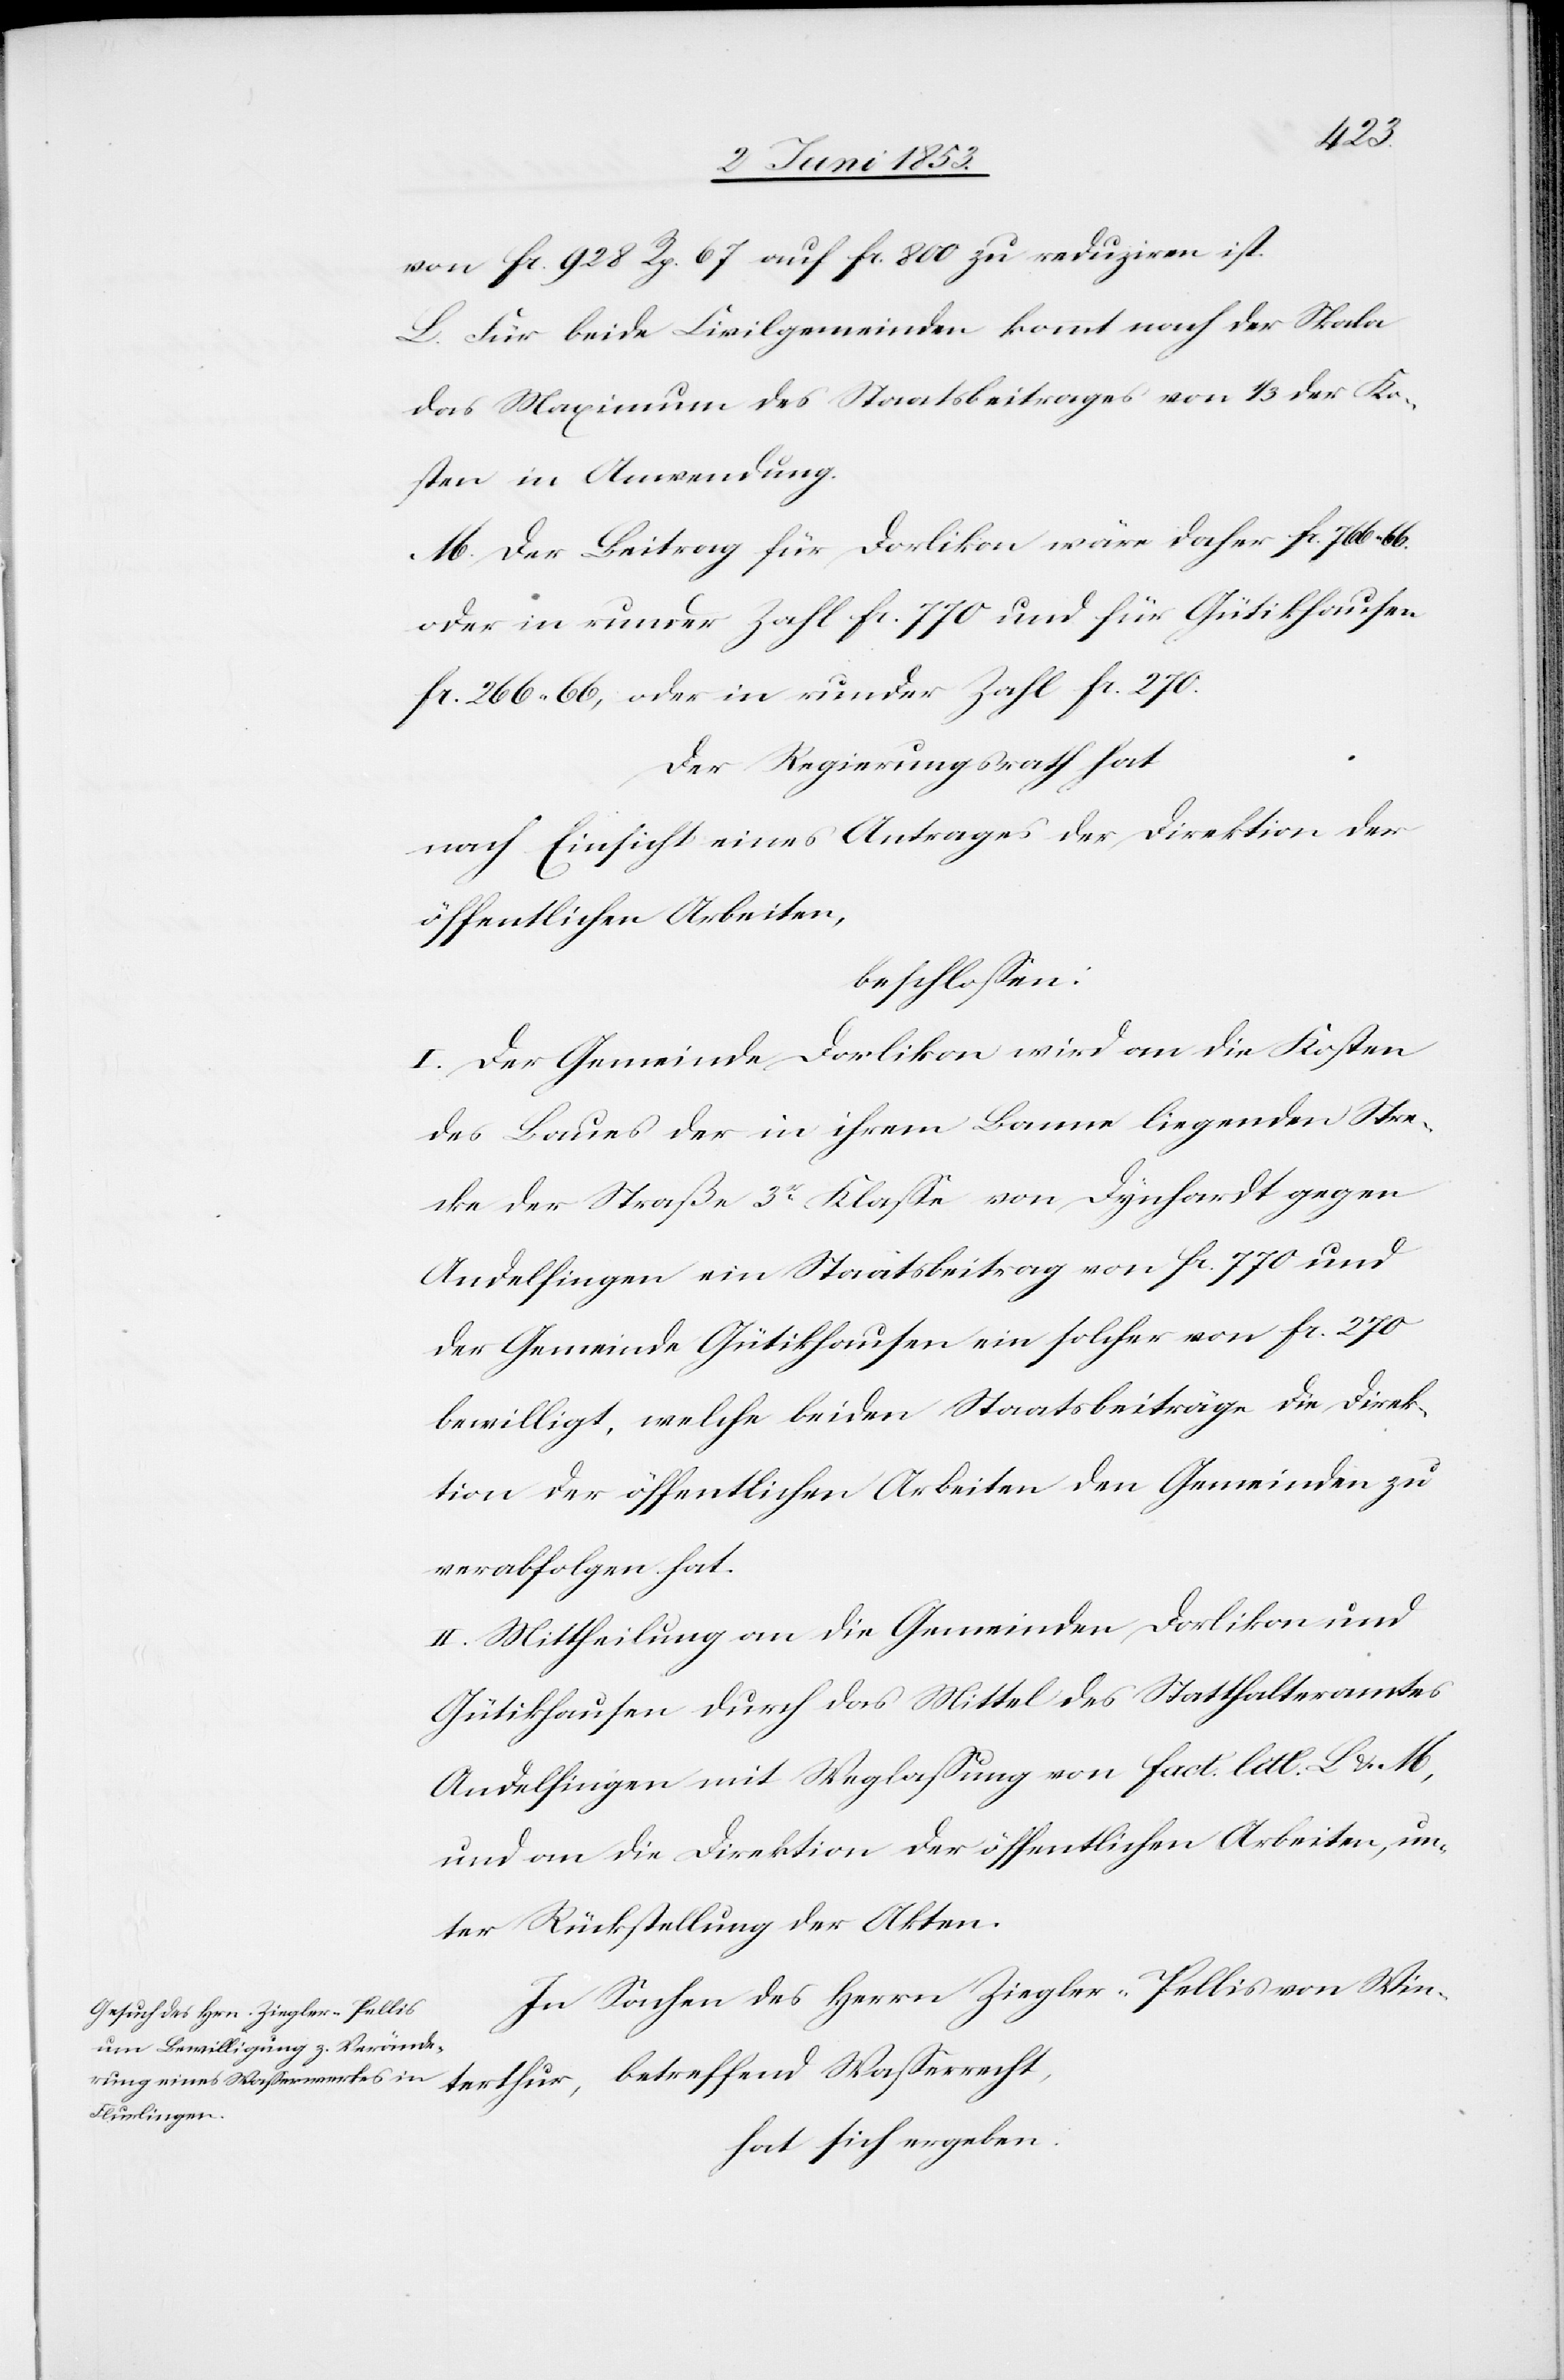
von fr. 928 Rp. 67 auf fr. 800 zu reduziren ist.
L. Für beide Civilgemeinden kommt nach der Skala
das Maximum des Staatsbeitrages von 1/3 der Ko¬
sten in Anwendung.
M. Der Beitrag für Dorlikon wäre daher fr. 766. 66
oder in runder Zahl fr. 770 und für Gütikhausen
fr. 266. 66 oder in runder Zahl fr. 270.
Der Regierungsrath hat
nach Einsicht eines Antrages der Direktion der
öffentlichen Arbeiten,
beschloßen:
I. Der Gemeinde Dorlikon wird an die Kosten
des Baues der in ihrem Banne liegenden Stre¬
cke der Straße 3r. Klaße von Dynhardt gegen
Andelfingen ein Staatsbeitrag von fr. 770 und
der Gemeinde Gütikhausen ein solcher von fr. 270
bewilligt, welche beiden Staatsbeiträge die Direk¬
tion der öffentlichen Arbeiten den Gemeinden zu
verabfolgen hat.
II. Mittheilung an die Gemeinden Dorlikon und
Gütikhausen durch das Mittel des Statthalteramtes
Andelfingen mit Weglaßung von fact. litt. L u. M,
und an die Direktion der öffentlichen Arbeiten, un¬
ter Rückstellung der Akten.
In Sachen des Herrn Ziegler-Pellis von Win¬
terthur, betreffend Waßerrecht,
hat sich ergeben: